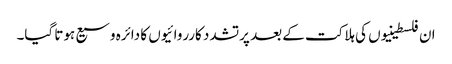
ان فلسطینیوں کی ہلاکت کے بعد پرتشدد کارروائیوں کا دائرہ وسیع ہوتا گیا۔